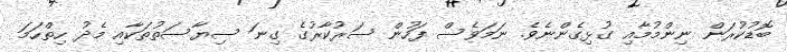
ބޮޑުކުރަން ނިންމުމާއި ގުޅިގެންނެވެ. ނަމަވެސް ފަހުން ސަރުކާރުގެ ގިނަ ސިޔާސަތުތަކާއި މެދު ހިތްހަމަ